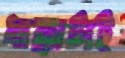
ধাক্কাটাই